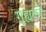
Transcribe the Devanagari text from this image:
गुह्यकों